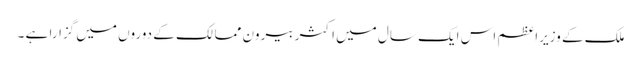
ملک کے وزیراعظم اس ایک سال میں اکثر بیرون ممالک کے دوروں میں گزارا ہے ۔